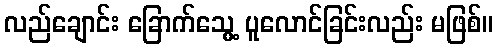
လည်ချောင်း ခြောက်သွေ့ ပူလောင်ခြင်းလည်း မဖြစ်။